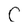
Character: C